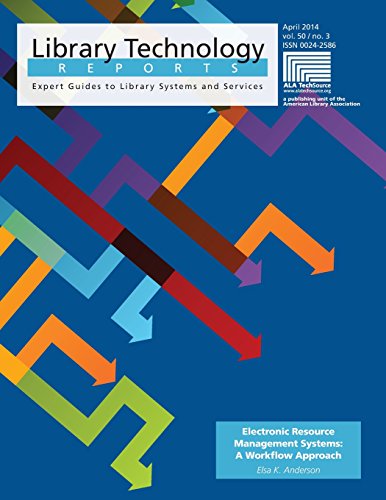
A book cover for Electronic Resource Management Systems: A Workflow Approach (Library Technology Reports); Elsa Anderson; Computers & Technology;